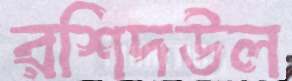
রশিদউল